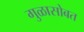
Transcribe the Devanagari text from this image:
गुळासोबत